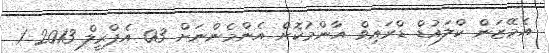
އެމޭޒަން ކްލައުޑް ޑްރައިވް އާންމުކޮށް އެންމެންނަށް 03 އެޕްރީލް 2013 1